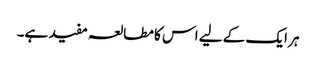
ہر ایک کے لیے اس کا مطالعہ مفید ہے۔